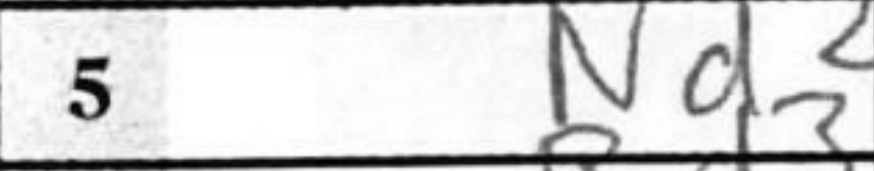
Transcription: Nd2